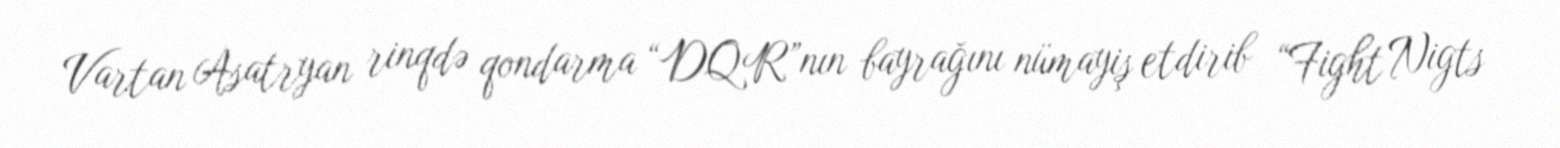
Vartan Asatryan rinqdə qondarma “DQR”nın bayrağını nümayiş etdirib “Fight Nigts